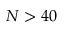
N > 4 0